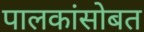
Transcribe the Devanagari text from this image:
पालकांसोबत